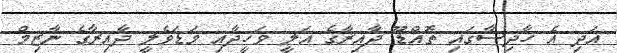
އަދި އެ ހާދިސާގައި ތޮއްޑޫ ދާއިރާގެ އަލީ ވަހީދާއި މަޑަވެލީ ދާއިރާގެ ނާޒިމް